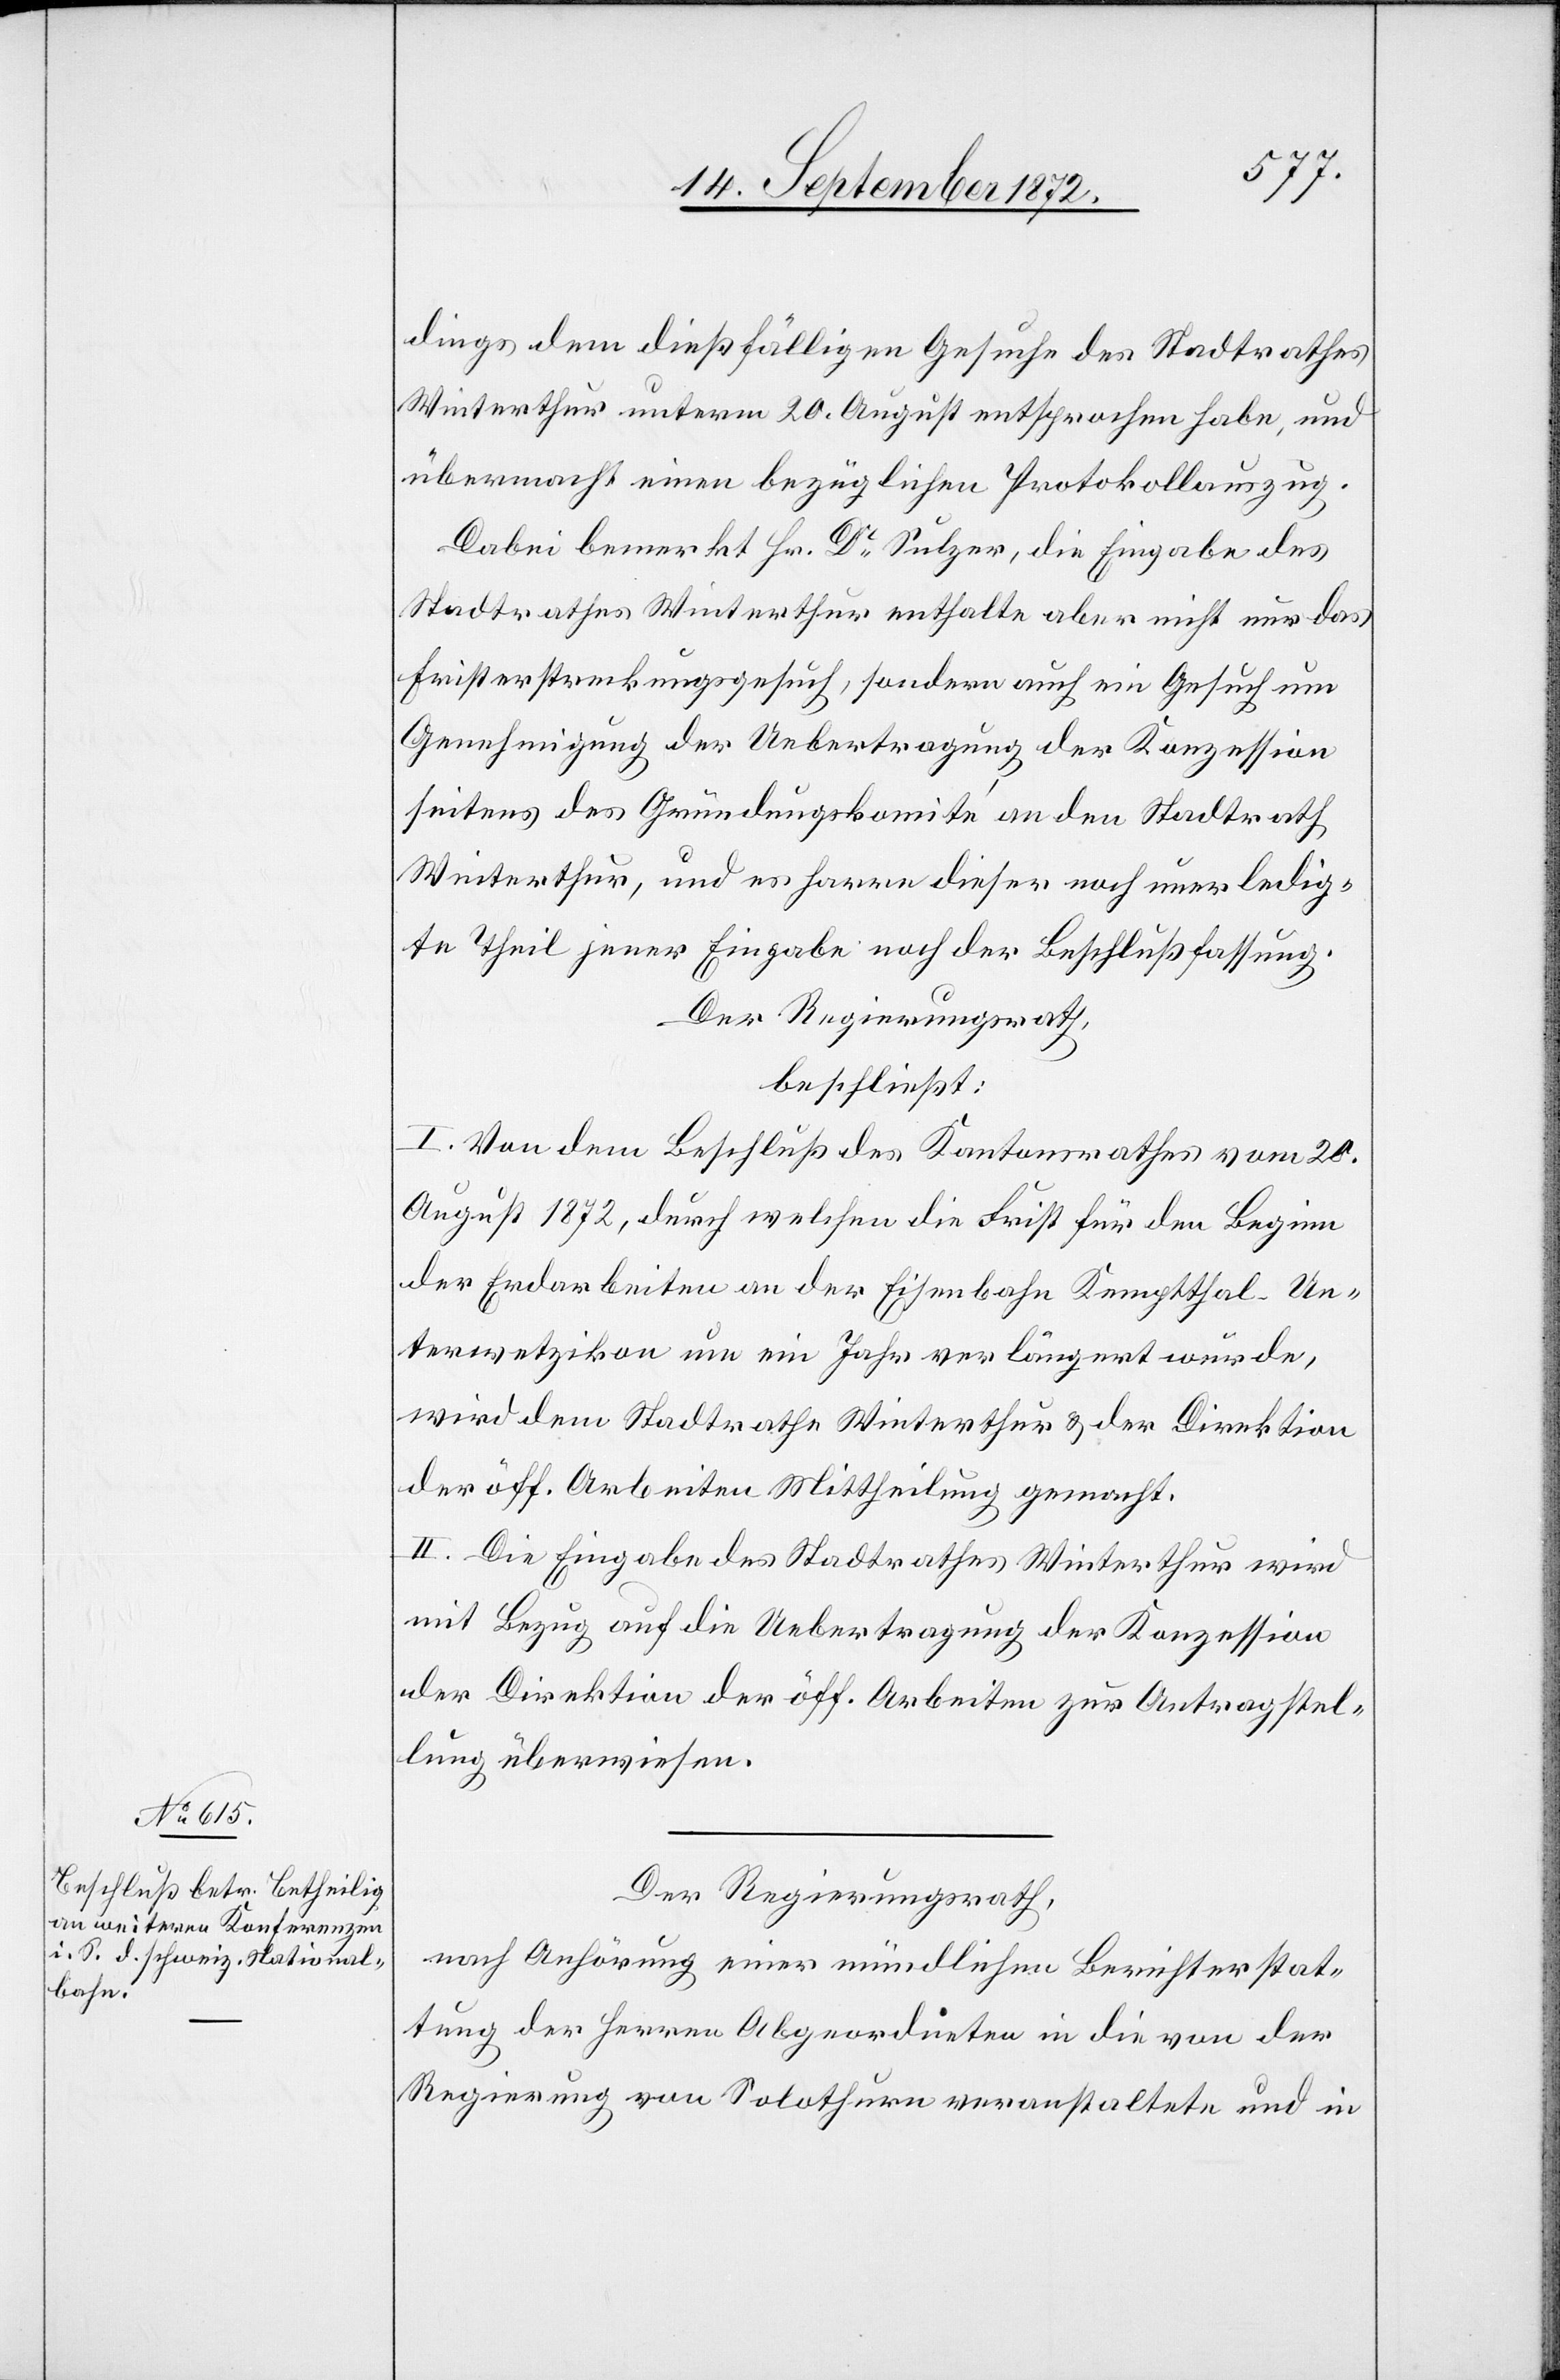
dings dem dießfälligen Gesuche des Stadtrathes
Winterthur unterm 20. August entsprochen habe, und
übermacht einen bezüglichen Protokollauszug.
Dabei bemerkt Hr. Dr Sulzer, die Eingabe des
Stadtrathes Winterthur enthalte aber nicht nur das
Fristerstreckungsgesuch, sondern auch ein Gesuch um
Genehmigung der Uebertragung der Konzession
seitens des Gründungskomité an den Stadtrath
Winterthur, und es harre dieser noch unerledig¬
te Theil jener Eingabe noch der Beschlußfassung.
Der Regierungsrath,
beschließt:
I. Von dem Beschluß des Kantonsrathes vom 20.
August 1872, durch welchen die Frist für den Beginn
der Erdarbeiten an der Eisenbahn Kemptthal–Un¬
terwetzikon um ein Jahr verlängert würde,
wird dem Stadtrathe Winterthur u. der Direktion
der öff. Arbeiten Mittheilung gemacht.
II. Die Eingabe des Stadtrathes Winterthur wird
mit Bezug auf die Uebertragung der Konzession
der Direktion der öff. Arbeiten zur Antragstel¬
lung überwiesen.
Der Regierungsrath,
nach Anhörung einer mündlichen Berichterstat¬
tung der Herren Abgeordneten in die von der
Regierung von Solothurn veranstaltete und in